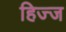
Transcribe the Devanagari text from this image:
हिज्ज